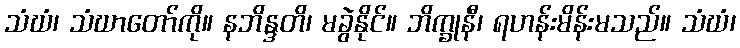
သံဃံ၊ သံဃာတော်ကို။ နဘိန္ဒတိ၊ မခွဲနိုင်။ ဘိက္ခုနီ၊ ရဟန်းမိန်းမသည်။ သံဃံ၊